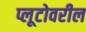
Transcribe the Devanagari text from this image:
प्लूटोवरील